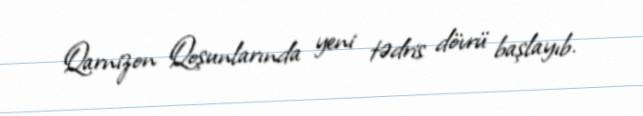
Qarnizon Qoşunlarında yeni tədris dövrü başlayıb.